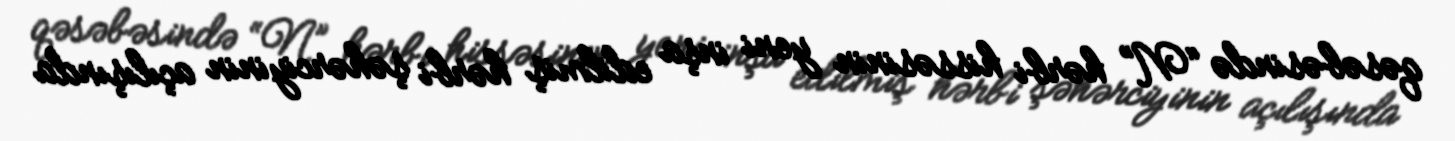
qəsəbəsində “N” hərbi hissəsinin yeni inşa edilmiş hərbi şəhərciyinin açılışında